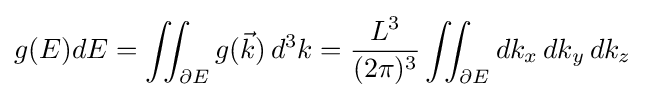
g(E)dE=\iint _{\partial E}g({\vec {k}})\,d^{3}k={\frac {L^{3}}{(2\pi )^{3}}}\iint _{\partial E}dk_{x}\,dk_{y}\,dk_{z}